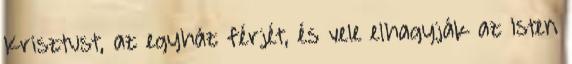
Krisztust, az egyház férjét, és vele elhagyják az Isten